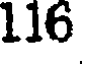
116